Indian journal of veterinary science and animal husbandry - Volume 1,
Year: 1931
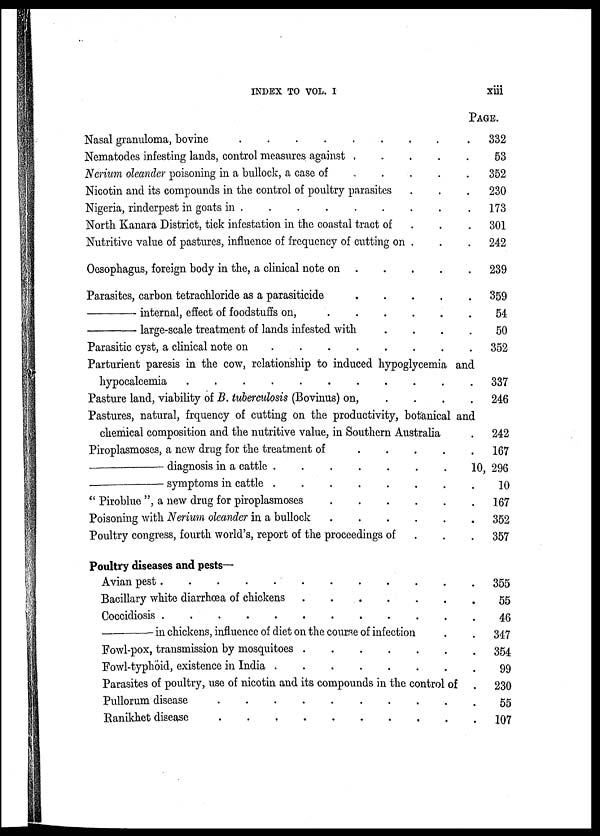
INDEX TO VOL. I
xiii
Nasal granuloma, bovine
.
.
.
.
.
.
.
Nematodes infesting lands, control measures against
.
.
.
Nerium oleander poisoning in a bullock, a case of . . .
Nicotin and its compounds in the control of poultry parasites . . .
Nigeria, rinderpest in goats in
.
.
.
.
.
.
North Kanara District, tick infestation in the coastal tract of . . .
Nutritive value of pastures, influence of frequency of cutting on . . .
Oesophagus, foreign body in the, a clinical note on . . .
Parasites, carbon tetrachloride as a parasiticide . . .
—
internal, effect of foodstuffs on,
.
.
.
.
—
large-scale treatment of lands infested with . . . .
Parasitic cyst, a clinical note on
.
.
.
.
.
.
Parturient paresis in the cow, relationship to induced hypoglycemia and
hypocalcemia
.
.
.
.
.
.
.
.
Pasture land, viability of B. tuberculosis (Bovinus) on, . .
Pastures, natural, frquency of cutting on the productivity, botanical and
chemical composition and the nutritive value, in Southern Australia .
Piroplasmoses, a new drug for the treatment of
.
.
.
—
diagnosis in a cattle
.
.
.
.
.
—
symptoms in cattle
.
.
.
.
.
" Piroblue ", a new drug for piroplasmoses
.
.
.
.
Poisoning with Nerium oleander in a bullock . . . .
Poultry congress, fourth world's, report of the proceedings of . . .
Poultry diseases and pests—
Avian pest
.
.
.
.
.
.
.
.
.
Bacillary white diarrhœa of chickens . . . .
Coccidiosis . . . . . . . .
—
in chickens, influence of diet on the course of infection . .
Fowl-pox, transmission by mosquitoes
.
.
.
.
.
Fowl-typhoid, existence in India
.
.
.
.
.
Parasites of poultry, use of nicotin and its compounds in the control of .
Pullorum disease . . . . . . . .
Ranikhet disease
.
.
.
.
.
.
.
.
PAGE.
332
53
352
230
173
301
242
239
359
54
50
352
337
246
242
167
10, 296
10
167
352
357
355
55
46
347
354
99
230
55
107